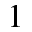
1